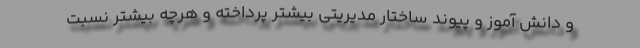
و دانش آموز و پیوند ساختار مدیریتی بیشتر پرداخته و هرچه بیشتر نسبت